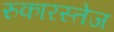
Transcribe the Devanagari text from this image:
रुकारस्तेज